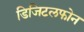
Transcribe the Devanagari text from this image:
डिजिटलफोन